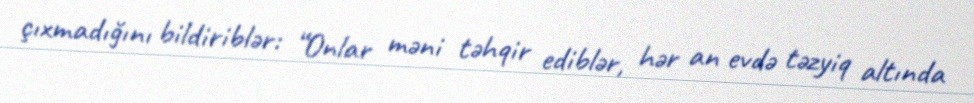
çıxmadığını bildiriblər: “Onlar məni təhqir ediblər, hər an evdə təzyiq altında